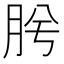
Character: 𭨯